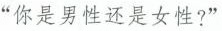
“你是男性还是女性?”